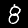
Digit: 8